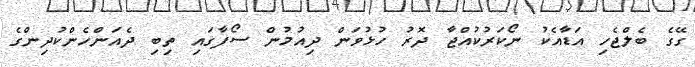
ގޭގެ ބެލްޖެހި އަޑާއެކު ނޯކަރުކުއްޖާ ދޮރު ހުޅުވަން ދިއުމުން ސޯފާގައި ތިބި ދެއަންހެންކުދިންގެ